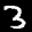
Label: 3